65_HS1-834228961_62-HQ-83894_Serial_449
Agency: FBI
Page 16
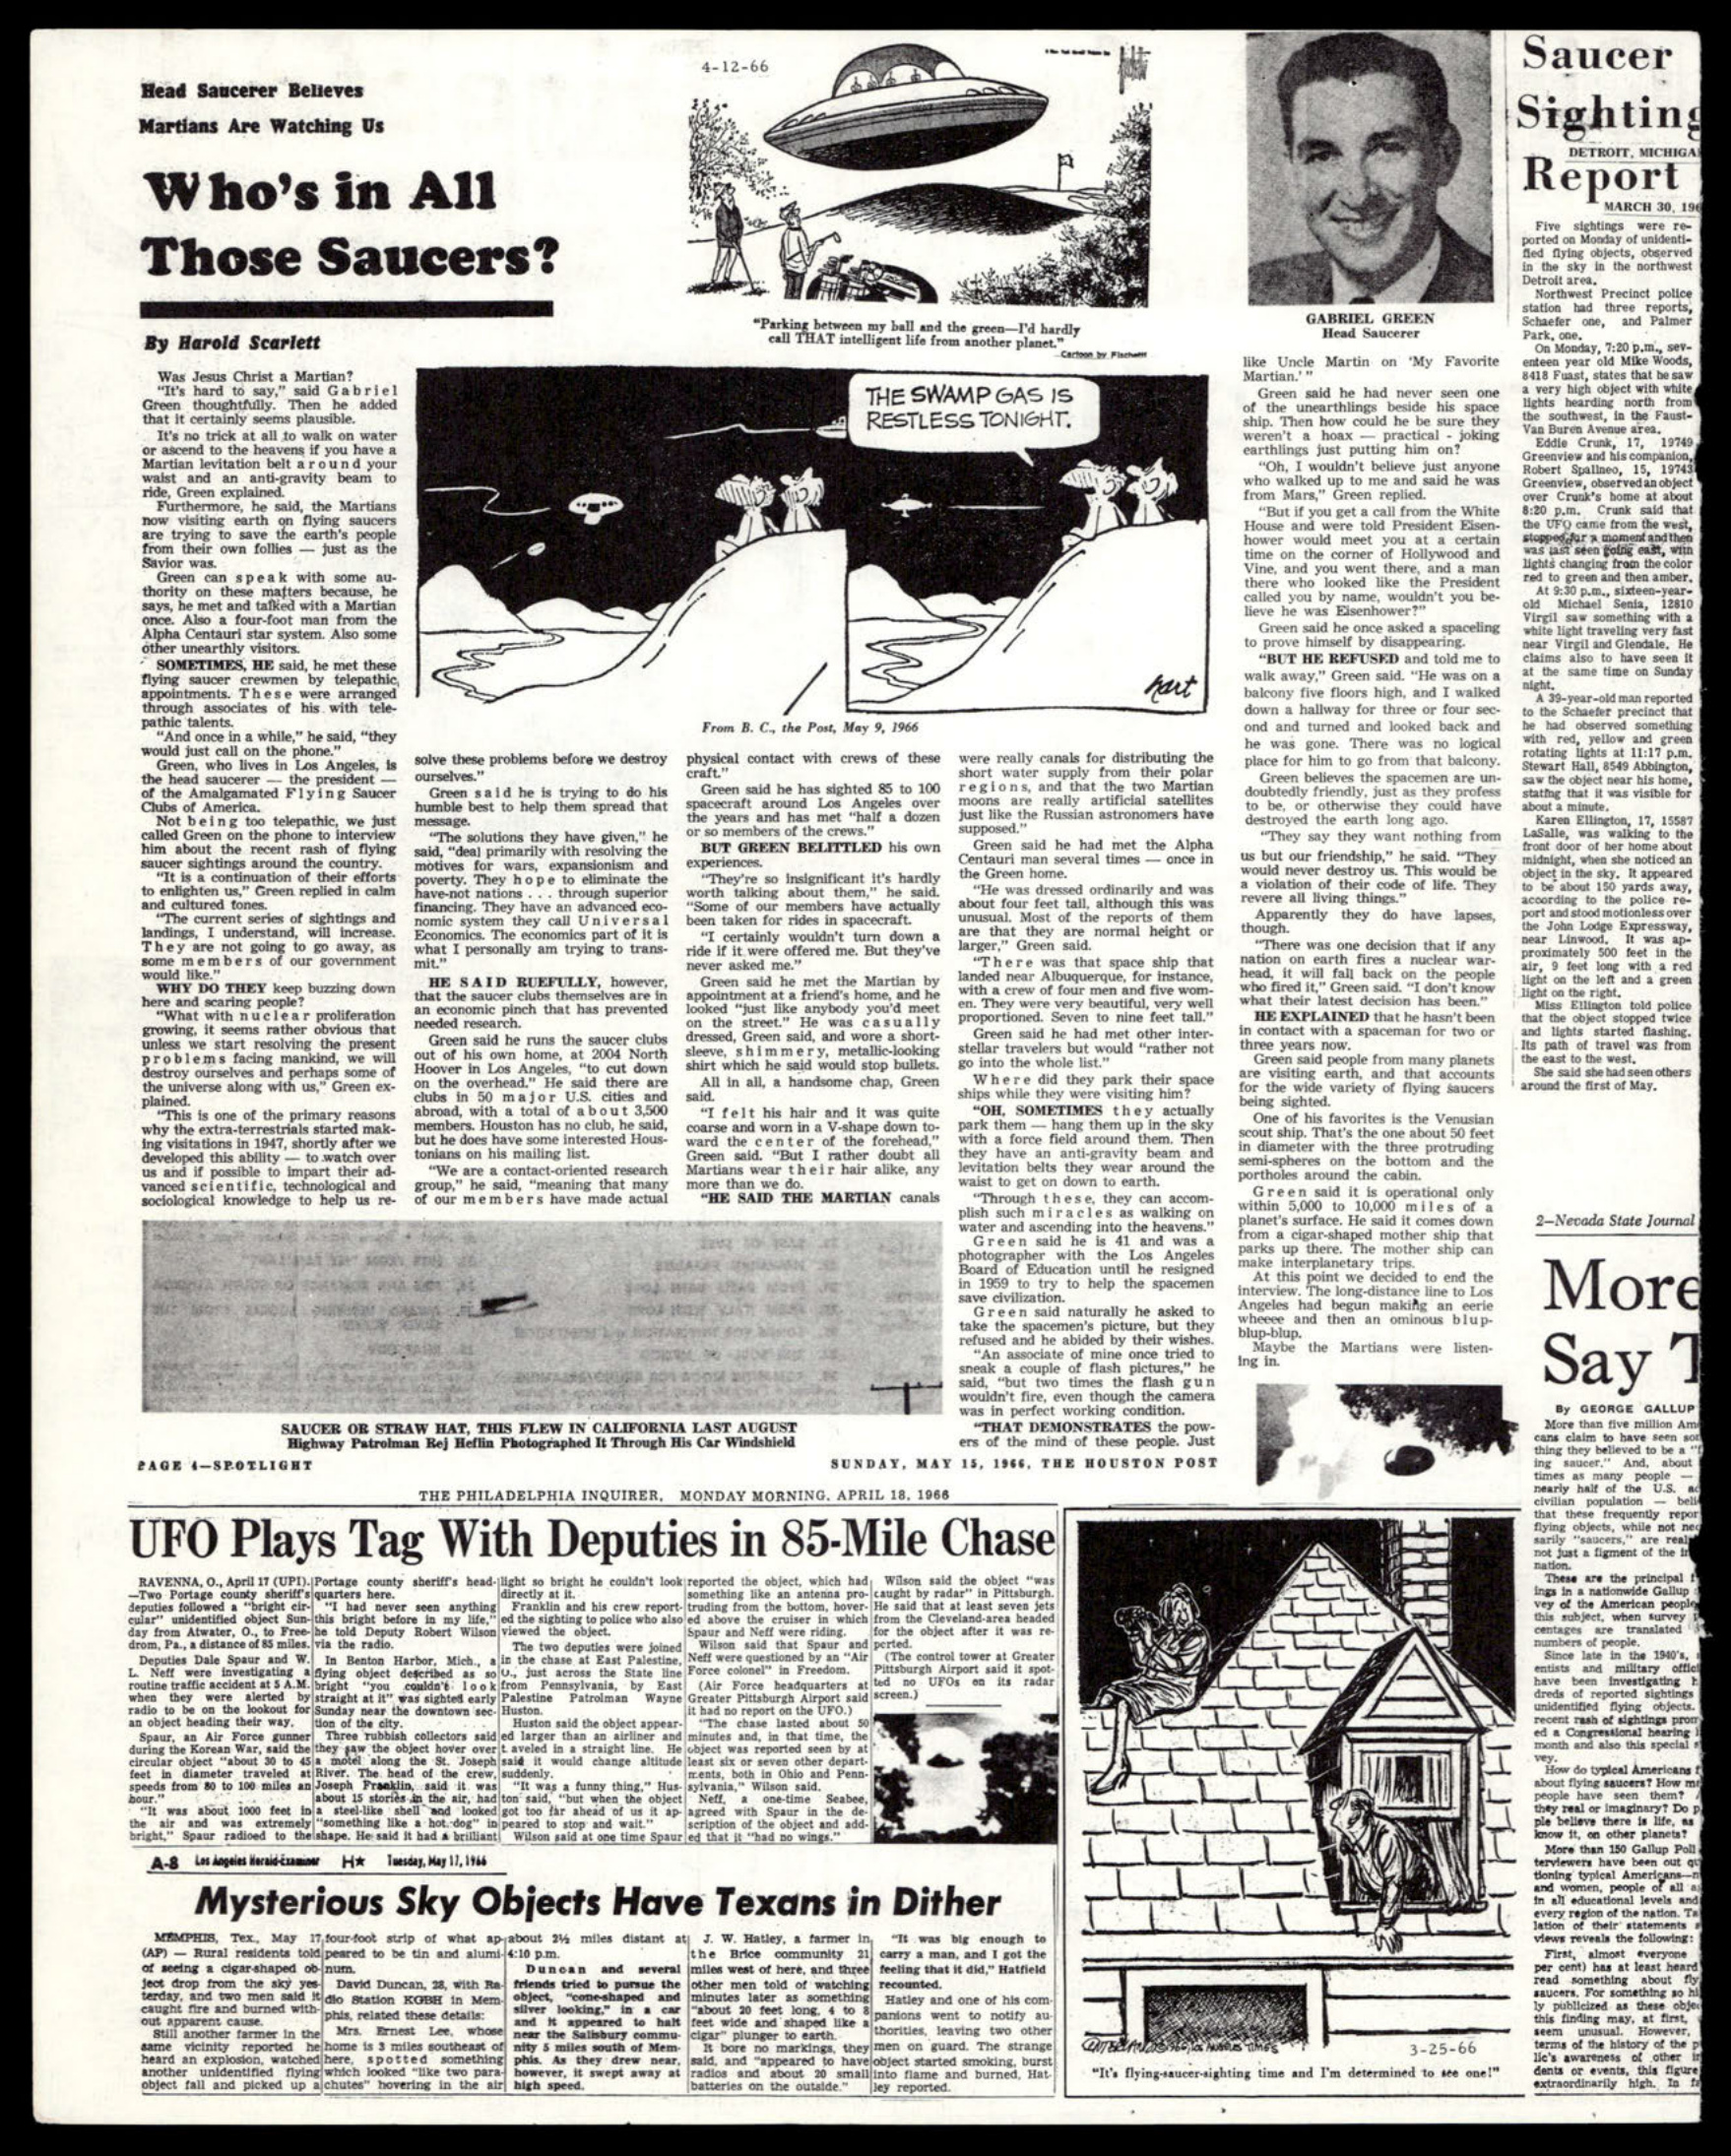